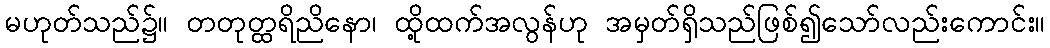
မဟုတ်သည်၌။ တတုတ္ထရိညိနော၊ ထို့ထက်အလွန်ဟု အမှတ်ရှိသည်ဖြစ်၍သော်လည်းကောင်း။